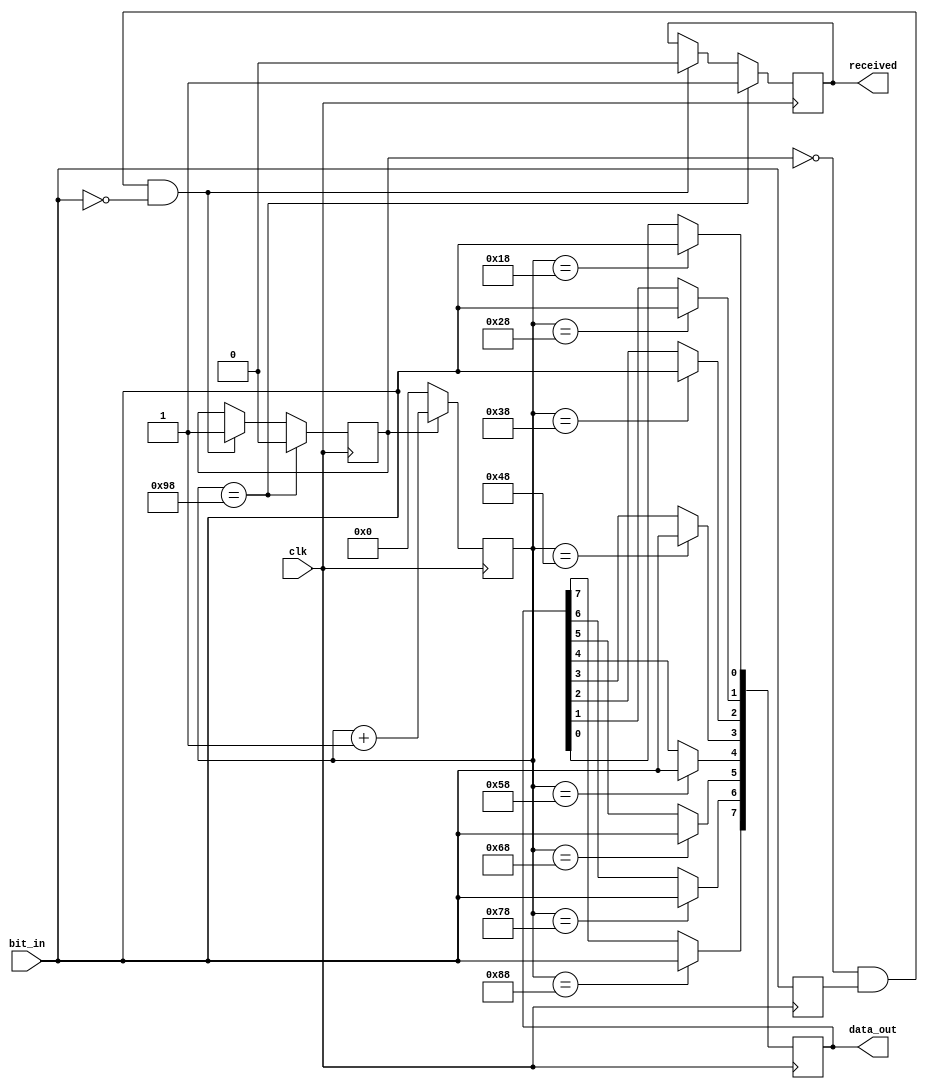
`timescale 1ns / 1ps
//////////////////////////////////////////////////////////////////////////////////
// Company: 
// Engineer: 
// 
// Design Name: 
// Module Name: uart_rx
// Project Name: 
// Target Devices: 
// Tool Versions: 
// Description: 
// 
// Dependencies: 
// 
// Revision:
// Revision 0.01 - File Created
// Additional Comments:
// 
//////////////////////////////////////////////////////////////////////////////////


module uart_rx(
    input clk,
    input bit_in,
    output reg received,
    output reg [7:0] data_out
    );
    
    reg last_bit;
    reg receiving = 0;
    reg [7:0] count;
    
    always@(posedge clk) begin
        if (~receiving & last_bit & ~bit_in) begin
            receiving <= 1;
            received <= 0;
            count <= 0;
        end

        last_bit <= bit_in;
        count <= (receiving) ? count+1 : 0;
        
        // sampling every 16 ticks
        case (count)
            8'd24:  data_out[0] <= bit_in;
            8'd40:  data_out[1] <= bit_in;
            8'd56:  data_out[2] <= bit_in;
            8'd72:  data_out[3] <= bit_in;
            8'd88:  data_out[4] <= bit_in;
            8'd104: data_out[5] <= bit_in;
            8'd120: data_out[6] <= bit_in;
            8'd136: data_out[7] <= bit_in;
            8'd152: begin received <= 1; receiving <= 0; end
        endcase
    end
endmodule